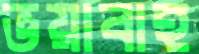
ভয়াবাহ